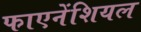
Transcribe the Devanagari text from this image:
फाएनेंशियल